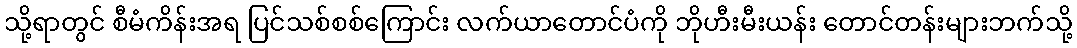
သို့ရာတွင် စီမံကိန်းအရ ပြင်သစ်စစ်ကြောင်း လက်ယာတောင်ပံကို ဘိုဟီးမီးယန်း တောင်တန်းများဘက်သို့